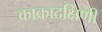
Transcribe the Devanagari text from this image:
काकादक्षिणी